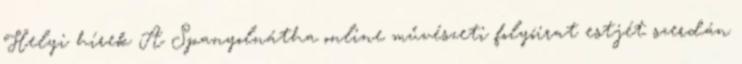
Helyi hírek A Spanyolnátha online művészeti folyóirat estjét szerdán